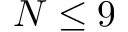
N \le 9